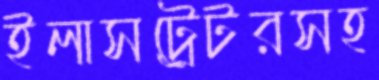
ইলাসট্রেটরসহ